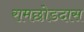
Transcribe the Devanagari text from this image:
रामछोडदास